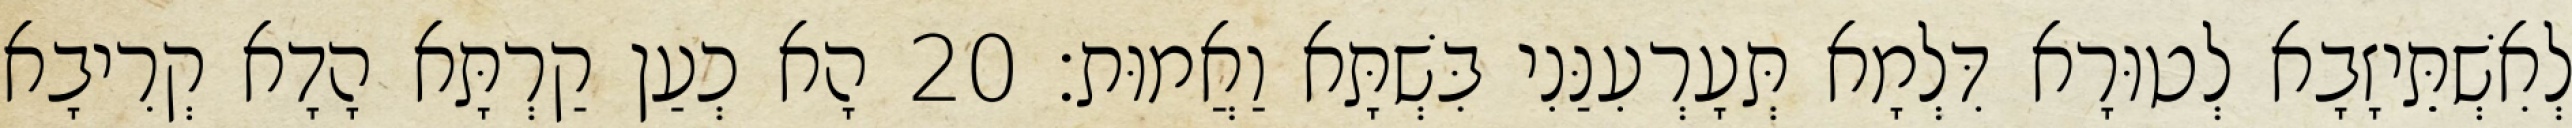
לְאִשְׁתֵּיזָבָא לְטוּרָא דִּלְמָא תְּעָרְעִנַּנִי בִּשְׁתָּא וַאֲמוּת׃ 20 הָא כְעַן קַרְתָּא הָדָא קְרִיבָא